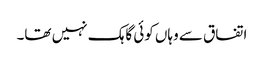
اتفاق سے وہاں کوئی گاہک نہیں تھا۔